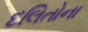
દલિતોના